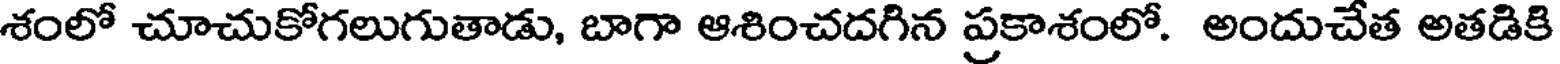
శంలో చూచుకోగలుగుతాడు, బాగా ఆశించదగిన ప్రకాశంలో. అందుచేత అతడికి